Regulations for the medical services of the Army of India
Year: 1930
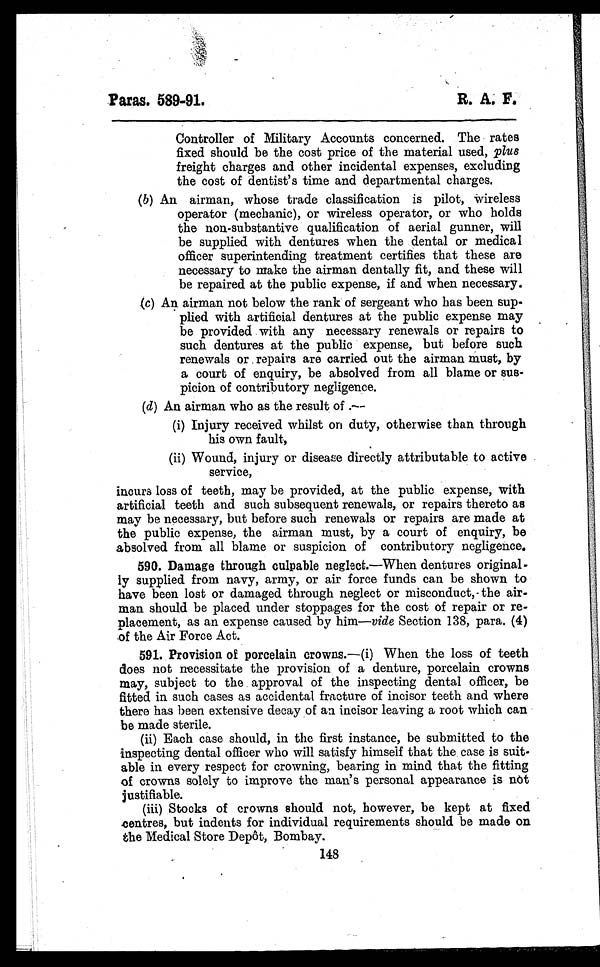
Paras. 589-91 .
R. A. F.
Controller of Military Accounts concerned. The rates
fixed should be the cost price of the material used, plus
freight charges and other incidental expenses, excluding
the cost of dentist's time and departmental charges.
(b)An airman, whose trade classification is pilot, wireless
operator (mechanic), or wireless operator, or who holds
the non-substantive qualification of aerial gunner, will
be supplied with dentures when the dental or medical
officer superintending treatment certifies that these are
necessary to make the airman dentally fit, and these will
be repaired at the public expense, if and when necessary.
(c)An airman not below the rank of sergeant who has been sup-
plied with artificial dentures at the public expense may
be provided with any necessary renewals or repairs to
such dentures at the public expense, but before such
renewals or repairs are carried out the airman must, by
a court of enquiry, be absolved from all blame or sus-
picion of contributory negligence.
(d)An airman who as the result of .—
(i) Injury received whilst on duty, otherwise than through
his own fault,
(ii) Wound, injury or disease directly attributable to active
service.
incurs loss of teeth, may be provided, at the public expense, with
artificial teeth and such subsequent renewals, or repairs thereto as
may be necessary, but before such renewals or repairs are made at
the public expense, the airman must, by a court of enquiry, be
absolved from all blame or suspicion of contributory negligence.
590.Damage through culpable neglect.—When dentures original-
ly supplied from navy, army, or air force funds can be shown to
have been lost or damaged through neglect or misconduct, the air-
man should be placed under stoppages for the cost of repair or re-
placement, as an expense caused by him— vide Section 138, para. (4)
of the Air Force Act.
591.Provision of porcelain crowns. —(i) When the loss of teeth
does not necessitate the provision of a denture, porcelain crowns
may, subject to the approval of the inspecting dental officer, be
fitted in such cases as accidental fracture of incisor teeth and where
there has been extensive decay of an incisor leaving a root which can
be made sterile.
(ii) Each case should, in the first instance, be submitted to the
inspecting dental officer who will satisfy himself that the case is suit-
able in every respect for crowning, bearing in mind that the fitting
of crowns solely to improve the man's personal appearance is not
justifiable.
(iii) Stocks of crowns should not, however, be kept at fixed
centres, but indents for individual requirements should be made on
the Medical Store Depôt, Bombay.
148